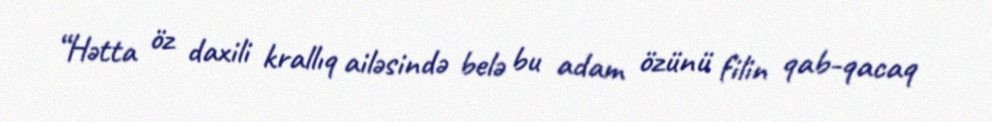
“Hətta öz daxili krallıq ailəsində belə bu adam özünü filin qab-qacaq